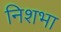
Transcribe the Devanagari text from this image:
निशभा